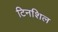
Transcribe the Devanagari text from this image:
टिनशिल